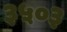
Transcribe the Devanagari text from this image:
३५०३